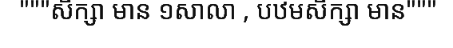
"""សិក្សា មាន ១សាលា , បឋមសិក្សា មាន"""